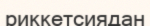
риккетсиядан